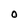
Character: O